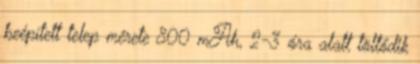
beépített telep mérete 800 mAh, 2-3 óra alatt töltődik